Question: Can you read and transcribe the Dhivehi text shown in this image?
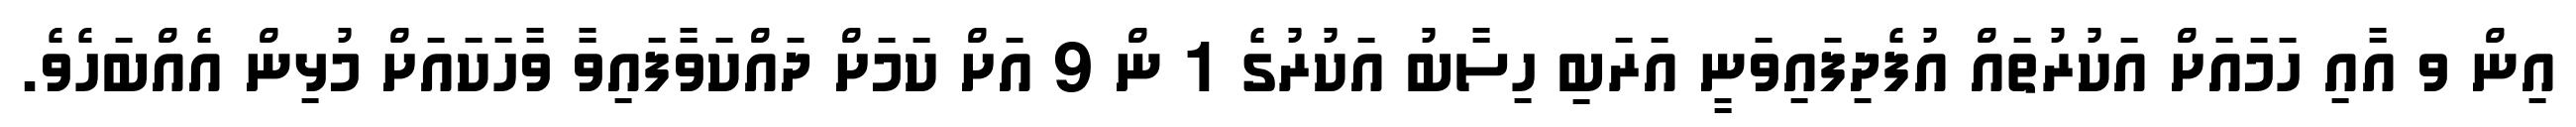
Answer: އިން ވ އާއި ހަމައަށް އަކުރުތައް އުފެދިފައިވަނީ އަރަބި ހިސާބު އަކުރުގެ 1 ން 9 އަށް ކަމަށް ދައްކަވާފައިވާ ވާހަކައަށް މުޅިން އެއްބަހެވެ.